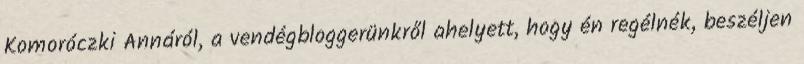
Komoróczki Annáról, a vendégbloggerünkről ahelyett, hogy én regélnék, beszéljen